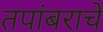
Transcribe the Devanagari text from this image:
तपांबराचे